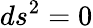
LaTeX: ds^{2}=0